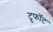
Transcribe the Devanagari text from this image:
ट्रूफॉट